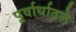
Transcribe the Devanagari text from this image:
पूर्वार्धातले